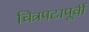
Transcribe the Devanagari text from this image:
चित्रपटापूर्वी